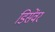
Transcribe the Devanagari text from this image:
डिसेंवर